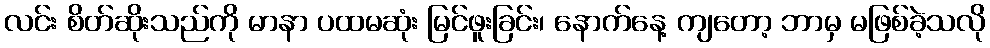
လင်း စိတ်ဆိုးသည်ကို မာနာ ပထမဆုံး မြင်ဖူးခြင်း၊ နောက်နေ့ ကျတော့ ဘာမှ မဖြစ်ခဲ့သလို